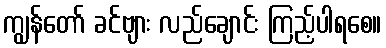
ကျွန်တော် ခင်ဗျား လည်ချောင်း ကြည့်ပါရစေ။